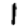
Digit: 1